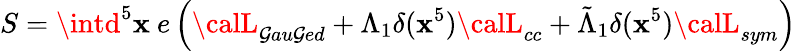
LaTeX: S=\intd^{5}\mathbf{x}~e\left({\calL}_{\mathcal{G}au\mathcal{G}ed}+\Lambda_{1}\delta(\mathbf{x}^{5}){\calL}_{cc}+\tilde{{\Lambda}}_{1}\delta(\mathbf{x}^{5}){\calL}_{sym}\right)